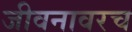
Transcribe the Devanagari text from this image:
जीवनावरच